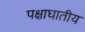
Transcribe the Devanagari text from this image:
पक्षाघातीय